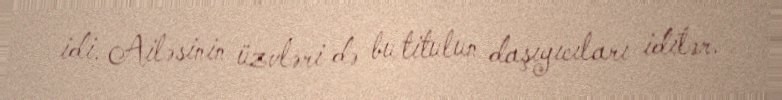
idi. Ailəsinin üzvləri də bu titulun daşıyıcıları idilər.